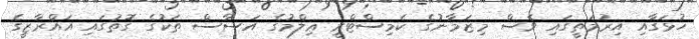
ހުޅަގާއި އިރުމަތީގައި ވެސް މިޒަމާނުގެ ކެމިސްޓްރީ ޢިލްމުގެ އަސާސް ތަކުގެ ގޮތުގައި އައްރާޒީގެ